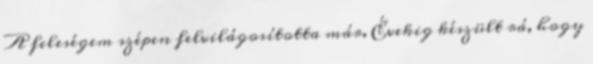
A feleségem szépen felvilágosította már. Évekig készült rá, hogy